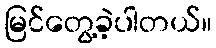
မြင်တွေ့ခဲ့ပါတယ်။